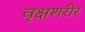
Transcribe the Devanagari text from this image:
वृक्षशरीर